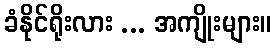
ခံနိုင်ရိုးလား ... အကျိုးများ။